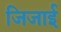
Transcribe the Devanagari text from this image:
जिजाई